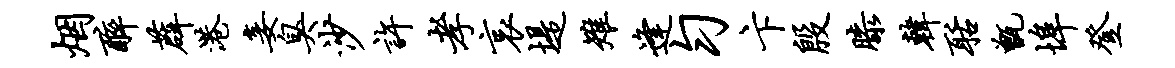
烟醉薜港妾臭沙许孝哀堤雉逢匀卞殷膝韩聒甑埠登